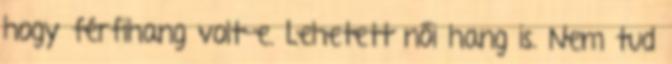
hogy férfihang volt-e. Lehetett női hang is. Nem tud